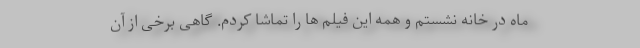
ماه در خانه نشستم و همه این فیلم ها را تماشا کردم. گاهی برخی از آن